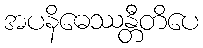
အပနိဓေဿန္တီတိပေ